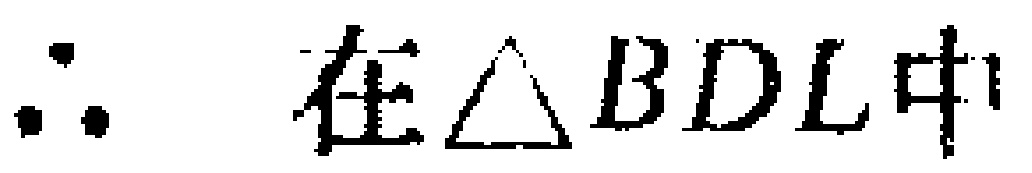
$\therefore$ 在$\triangle BDL$中